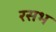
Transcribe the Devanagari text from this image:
रसभ